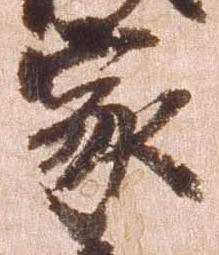
家